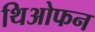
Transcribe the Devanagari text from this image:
थिओफन